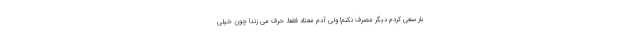
بار سعی کردم دیگر مصرف نکنم! ولی آدم معتاد فقط حرف می زند! چون خیلی